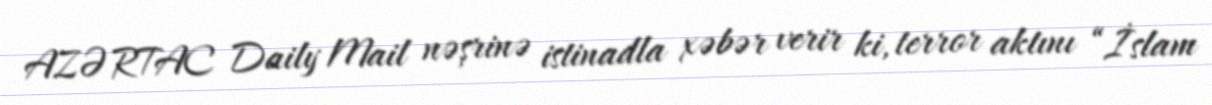
AZƏRTAC Daily Mail nəşrinə istinadla xəbər verir ki, terror aktını “İslam